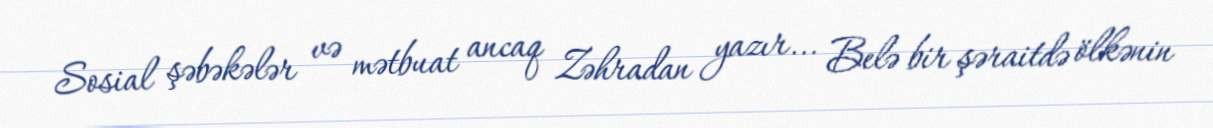
Sosial şəbəkələr və mətbuat ancaq Zəhradan yazır... Belə bir şəraitdə ölkənin